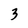
Character: 3